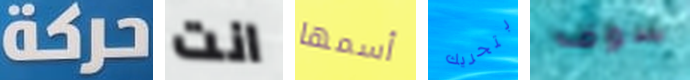
حركة انت أسمها بتحريك سوف